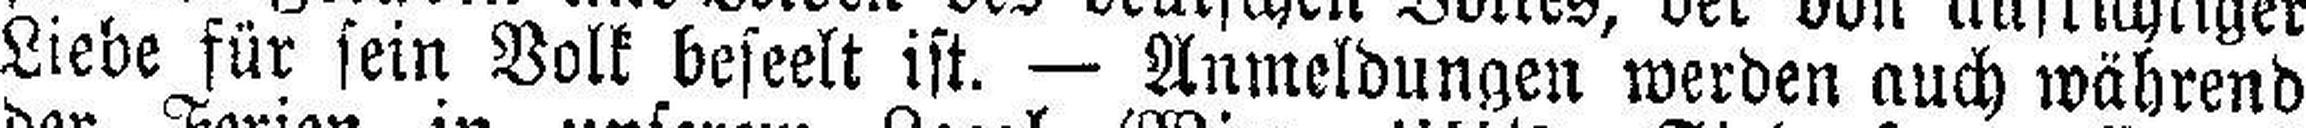
Liebe für sein Volk beseelt ist. — Anmeldungen werden auch während